Report of the Hyderabad Chloroform Commission
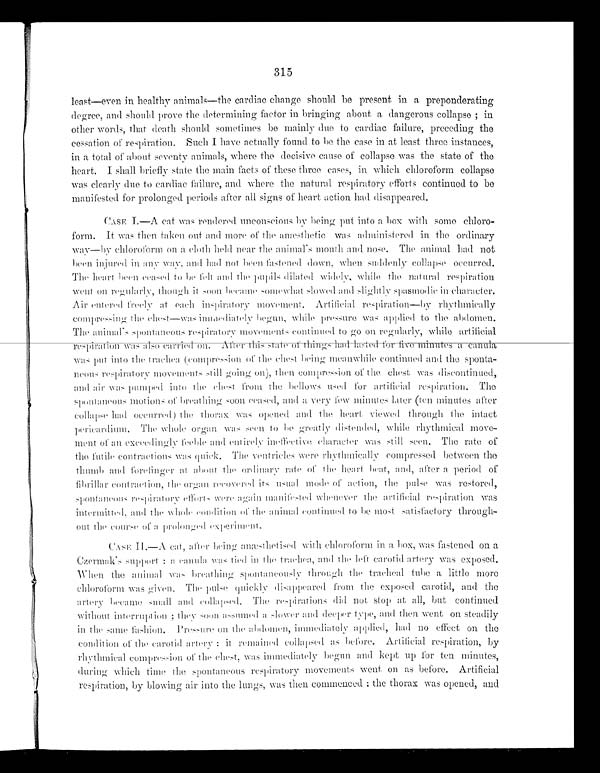
315
least—even in healthy animals—the cardiac change should be present in a preponderating
degree, and should prove the determining factor in bringing about a dangerous collapse; in
other words, that death should sometimes be mainly due to cardiac failure, preceding the
cessation of respiration. Such I have actually found to be the case in at least three instances,
in a total of about seventy animals, where the decisive cause of collapse was the state of the
h e a r t . I s h a l l b r i e f l y s t a t e t h e m a i n f a c t o f t h e s e t h r e e c a s e s , i n w h i c h c h l o r o f o r m c o l l a p s e
was clearly due to cardiac failure, and where the natural respiratory efforts continued to be
manifested for prolonged periods after all signs of heart action had disappeared.
CASE I.—A cat was rendered unconscious by being put into a box with some chloro--
form. It was then taken out and more of the anæsthetic was administered in the ordinary
way—by chloroform on a cloth held near the animal's mouth and nose. The animal had not
been i n j u r e d i n a n y wa y , a n d h a d n o t b e e n f a s t e n e d d o wn , wh e n s u d d e n l y c o l l a p s e o c c u r r e d .
The heart been ceased to be felt and the pupils dilated widely, while natural respiration
went on regularly, though it soon became somewhat slowed and slightly spasmodic in character.
Air entered freely at each inspiratory movement. Artificial respiration—by rhythmically
compressing the chest
—was immediately begun, while pressure was applied to the abdomen.
The animal's spontaneous respiratory movements continued to go on regularly, while artificial
respiration was also carried on.
After this state of things had lasted for five minutes a canula
was put into the trachea (compression of the chest being meanwhile continued and the sponta-
neous respiratory movements still going on), then compression of the chest was discontinued,
and air was pumped into the chest from the bellows used for artificial respiration.
The spontaneous moti ons of breathi ng soon ceased, and a very few mi nutes l ater (tenm i n u t e s a f t e r
collapse had occurred) the thorax was opened and the heart viewed through the intact
pericardium. The whole organ was seen to be greatly distended, while rhythmical move-
ment of an exceedingly feeble and entirely ineffective character was still seen. The rate of
the futile contractions was quick. The ventricles were rhythmically compressed between the
thumb and forefinger at about the ordinary rate of the heart beat, and, after a period of
fibrillar contraction, the organ recovered its usual mode of action, the pulse was restored,
spontaneous respiratory efforts were again manifested whenever the artificial respiration was
intermitted, and tile whole condition of the animal continued, to be most satisfactory through-
out the course of a prolonged experiment
.
CASE II.—A cat, after being anæsthetised with chloroform in a box, was fastened on a
Czermak's support: a canula was tied in the trachea, and the left carotid artery was exposed.
When the animal was breathing spontaneously through the tracheal tube a little more
chloroform was given. The pulse quickly disappeared from the exposed carotid, and the
artery became small and collapsed. The respirations did not stop at all, but continued
without interruption; they soon assumed a slower and deeper type, and then went on steadily
i n
t h e s a m e f a s h i o n . P r e s s u r e o n t h e a b d o m e n , i m m e d i a t e l y a p p l i e d , h a d n oeffect
on
the
condi t i on of t he carot i d art ery: i t remai ned col l apsed as before. Art i fi ci al r e s p i r a t i o n , b y
rhythmical compression of the chest, was immediately begun and kept up for ten minutes,
during which time the spontaneous respiratory movements went on as before. Artificial
respiration, by blowing air into the lungs, was then commenced: the thorax w a s o p e n e d , a n d